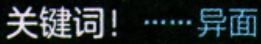
关键词！……异面